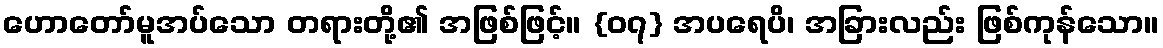
ဟောတော်မူအပ်သော တရားတို့၏ အဖြစ်ဖြင့်။ {၀၇} အပရေပိ၊ အခြားလည်း ဖြစ်ကုန်သော။